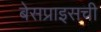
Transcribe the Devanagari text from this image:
बेसप्राइसची